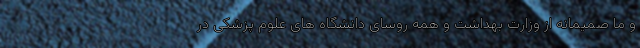
و ما صمیمانه از وزارت بهداشت و همه روسای دانشگاه های علوم پزشکی در